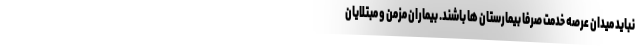
نباید میدان عرصه خدمت صرفا بیمارستان ها باشند. بیماران مزمن و مبتلایان